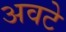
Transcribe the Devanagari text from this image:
अवटे